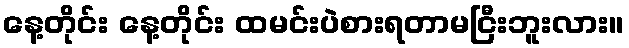
နေ့တိုင်း နေ့တိုင်း ထမင်းပဲစားရတာမငြီးဘူးလား။